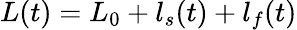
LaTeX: L(t)=L_{0}+l_{s}(t)+l_{f}(t)